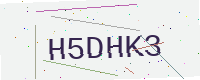
Text: H5DHK3